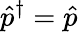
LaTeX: \hat{p}^{\dagger}=\hat{p}